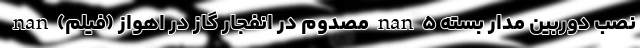
نصب دوربین مدار بسته nan ۵ مصدوم در انفجار گاز در اهواز (فیلم) nan